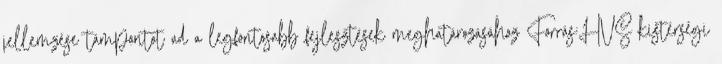
jellemzése támpontot ad a legfontosabb fejlesztések meghatározásához Forrás:HVS kistérségi